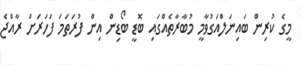
މީގެ ކުރިން ބައިނަލްއަގުވާމީ މުބާރާތެއްގައި ބޮޑީ ބޯޑިން އިން ފުރަތަމަ ފަހަރަށް ރާއްޖެ